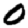
Digit: 0